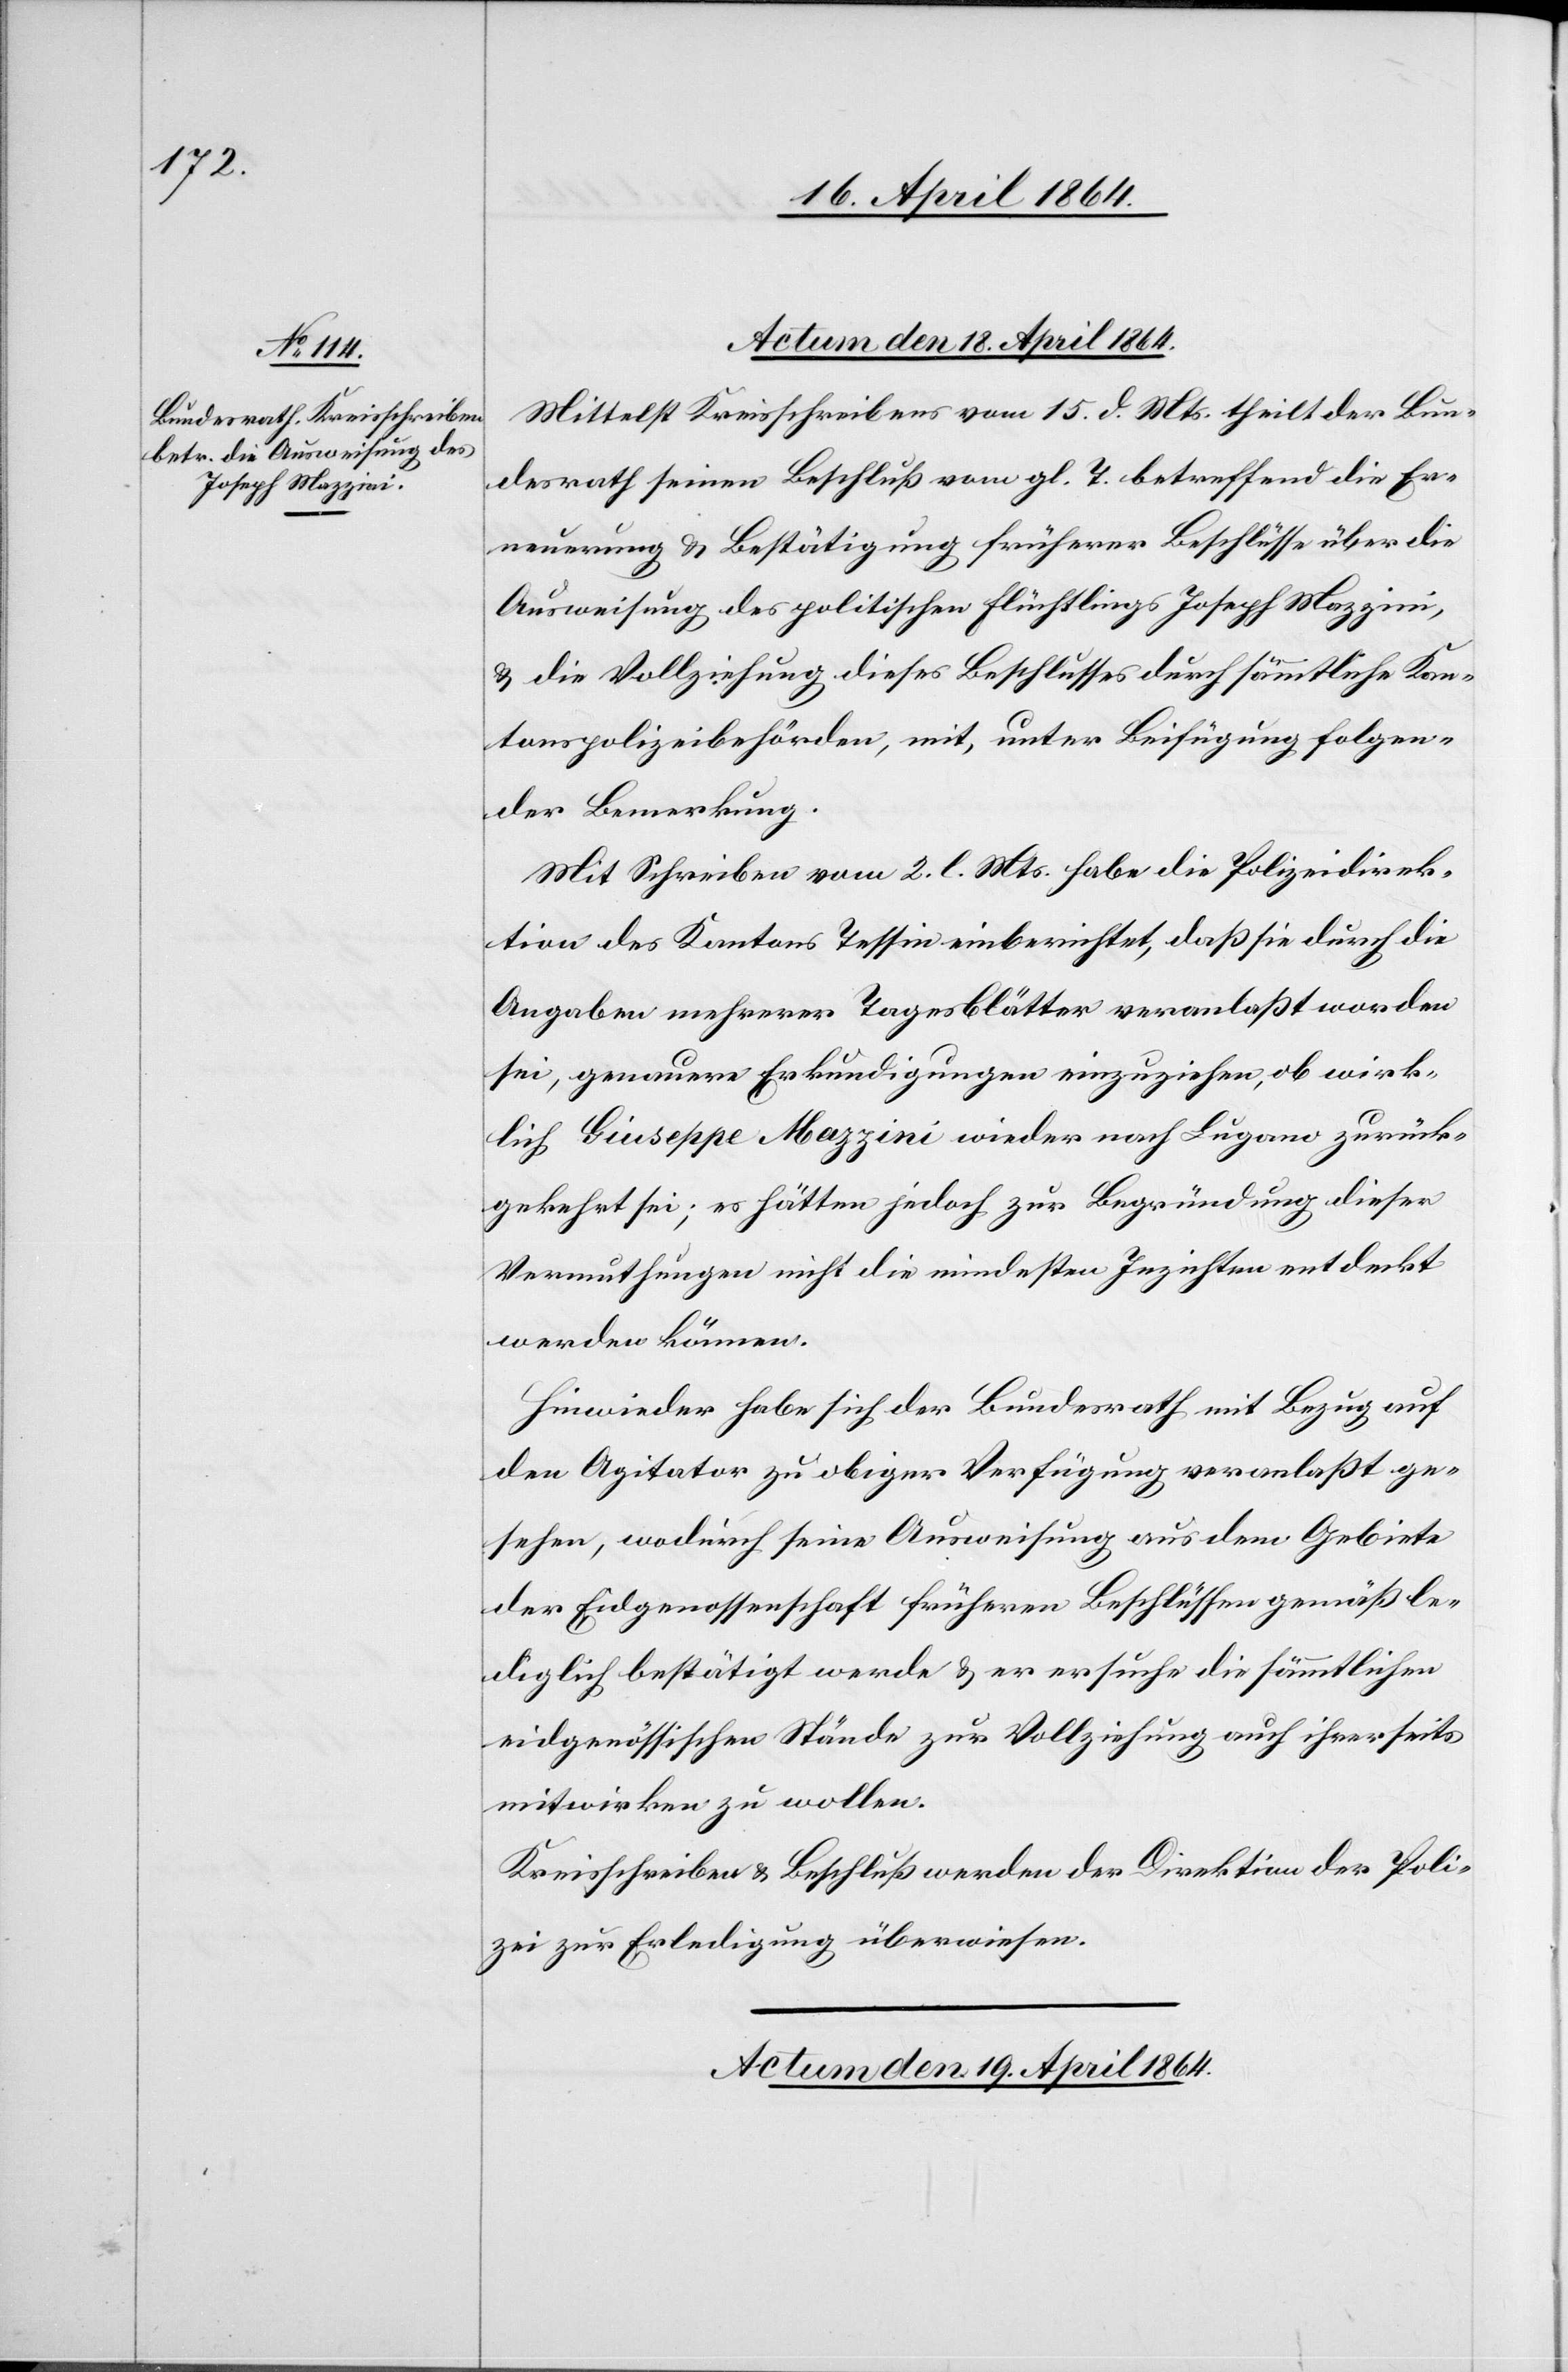
Actum den 17. April 1864.]
Mittelst Kreisschreibens vom 15. d. Mts. theilt der Bun¬
desrath seinen Beschluß vom gl. T. betreffend die Er¬
neuerung u. Bestätigung früherer Beschlüsse über die
Ausweisung des politischen Flüchtlings Joseph Mazzini,
u. die Vollziehung dieses Beschlusses durch sämmtliche Kan¬
tonspolizeibehörden, mit, unter Beifügung folgen¬
der Bemerkung.
Mit Schreiben vom 2. l. Mts. habe die Polizeidirek¬
tion des Kantons Tessin einberichtet, daß sie durch die
Angaben mehrerer Tagesblätter veranlaßt worden
sei, genauere Erkundigungen einzuziehen, ob wirk¬
lich Giuseppe Mazzini wieder nach Lugano zurück¬
gekehrt sei; es hätten jedoch zur Begründung dieser
Vermuthungen nicht die mindesten Inzichten entdeckt
werden können.
Hinwieder habe sich der Bundesrath mit Bezug auf
den Agitator zu obiger Verfügung veranlaßt ge¬
sehen, wodurch seine Ausweisung aus dem Gebiete
der Eidgenossenschaft früheren Beschlüssen gemäß le¬
diglich bestätigt werde u. er ersuche die sämmtlichen
eidgenössischen Stände zur Vollziehung auch ihrerseits
mitwirken zu wollen.
Kreisschreiben u. Beschluß werden der Direktion der Poli¬
zei zur Erledigung überwiesen.
Actum den 19. April 1864.